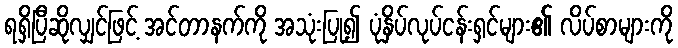
ရရှိပြီဆိုလျှင်ဖြင့် အင်တာနက်ကို အသုံးပြု၍ ပုံနှိပ်လုပ်ငန်းရှင်များ၏ လိပ်စာများကို